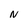
Character: N